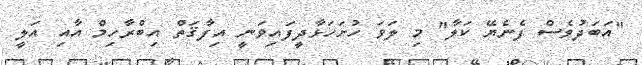
"އަބަދުވެސް ފެނެޔޭ ކަލާ" މި ލަވަ ހުށަހަޅާދީފައިވަނީ އިފާޤަތް އިބްރާހިމް އާއި އަލީ